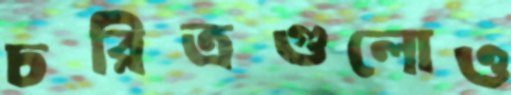
চরিত্রগুলোও